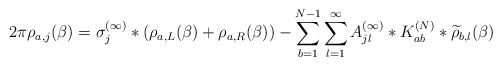
\begin{align*}2\pi {\rho}_{a,j}(\beta) = \sigma_j^{(\infty)} * (\rho_{a,L}(\beta)+\rho_{a,R}(\beta)) - \sum_{b=1}^{N-1}\sum_{l=1}^\infty A_{jl}^{(\infty)} * K_{ab}^{(N)} * \widetilde\rho_{b,l}(\beta)\end{align*}